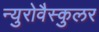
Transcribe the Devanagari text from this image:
न्युरोवैस्कुलर